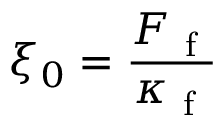
\xi _ { 0 } = \frac { F _ { \mathrm { ~ f ~ } } } { \kappa _ { \mathrm { ~ f ~ } } }